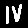
Digit: 4